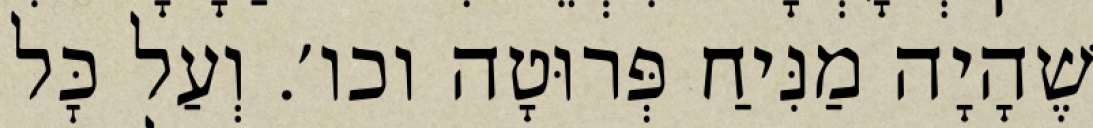
שֶׁהָיָה מַנִּיחַ פְּרוּטָה וכו׳. וְעַל כׇּל